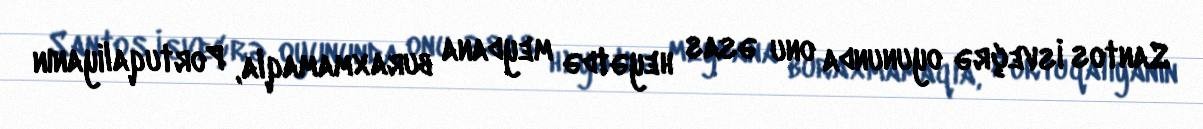
Santos İsveçrə oyununda onu əsas heyətdə meydana buraxmamaqla, Portuqaliyanın